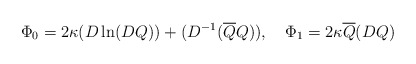
\begin{align*}\Phi_{0} = 2\kappa (D \ln (DQ)) + (D^{-1}(\overline{Q}Q)),\quad\Phi_{1} = 2\kappa \overline{Q} (DQ)\end{align*}